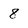
Character: 8